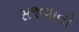
સજવાનો